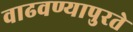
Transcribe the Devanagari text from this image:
वाढवण्यापुरते